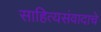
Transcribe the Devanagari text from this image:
साहित्यसंवादाचे